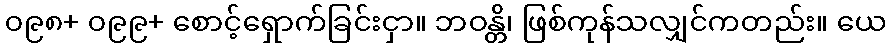
၀၉၈+ ၀၉၉+ စောင့်ရှောက်ခြင်းငှာ။ ဘဝန္တိ၊ ဖြစ်ကုန်သလျှင်ကတည်း။ ယေ